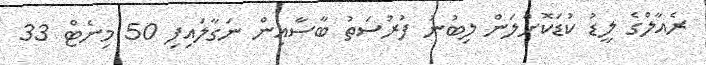
ރެއާލްގެ ލީޑު ކުޑަކޮށްލަން ލިބުނު ފުރުސަތު ބާސާއިން ނަގާލައިފި 50 މިނެޓް 33